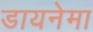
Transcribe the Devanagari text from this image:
डायनेमा